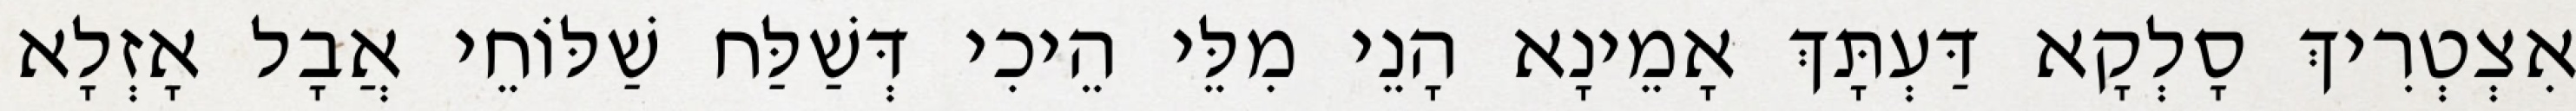
אִצְטְרִיךְ סָלְקָא דַּעְתָּךְ אָמֵינָא הָנֵי מִלֵּי הֵיכִי דְּשַׁלַּח שַׁלּוֹחֵי אֲבָל אָזְלָא